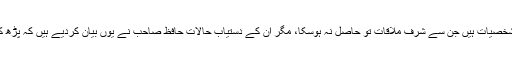
بعض کو مصنف نے اور ہم نے دیکھا، جبکہ بعض وہ شخصیات ہیں جن سے شرفِ ملاقات تو حاصل نہ ہوسکا، مگر ان کے دستیاب حالات حافظ صاحب نے یوں بیان کردیے ہیں کہ پڑھ کر احساس ہوتا ہے ، گویا ہمارا ان سے گہرا تعارف تھا۔